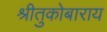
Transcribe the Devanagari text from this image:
श्रीतुकोबाराय